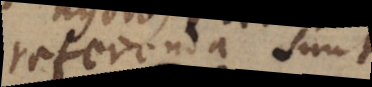
referenda sunt